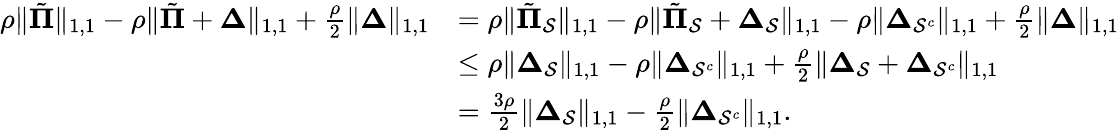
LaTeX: \begin{array}{rl}{\rho\| \tilde{\boldsymbol{\Pi}}\| _{1,1}-\rho\| \tilde{\boldsymbol{\Pi}}+\boldsymbol{\Delta}\| _{1,1}+\frac{\rho}{2}\| \boldsymbol{\Delta}\| _{1,1}}&{=\rho\| \tilde{\boldsymbol{\Pi}}_{\mathcal{S}}\| _{1,1}-\rho\| \tilde{\boldsymbol{\Pi}}_{\mathcal{S}}+\boldsymbol{\Delta}_{\mathcal{S}}\| _{1,1}-\rho\| \boldsymbol{\Delta}_{\mathcal{S}^{c}}\| _{1,1}+\frac{\rho}{2}\| \boldsymbol{\Delta}\| _{1,1}}\\ &{\leq\rho\| \boldsymbol{\Delta}_{\mathcal{S}}\| _{1,1}-\rho\| \boldsymbol{\Delta}_{\mathcal{S}^{c}}\| _{1,1}+\frac{\rho}{2}\| \boldsymbol{\Delta}_{\mathcal{S}}+\boldsymbol{\Delta}_{\mathcal{S}^{c}}\| _{1,1}}\\ &{=\frac{3\rho}{2}\| \boldsymbol{\Delta}_{\mathcal{S}}\| _{1,1}-\frac{\rho}{2}\| \boldsymbol{\Delta}_{\mathcal{S}^{c}}\| _{1,1}.}\end{array}